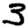
Digit: 3